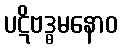
ပဋိဗဒ္ဓမနောဝ